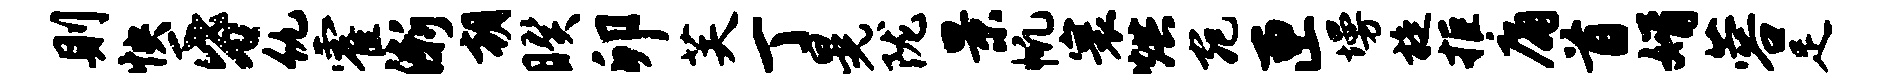
则怏昏仇霍渐朝睽卯芙丁晃陇景帆寰烘宛匣墁旋拒庸首婿蓉足